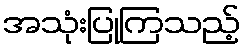
အသုံးပြုကြသည့်